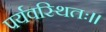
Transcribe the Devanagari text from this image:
पर्यवस्थितः।।